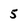
Character: 5